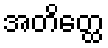
အတိတ္ထေ